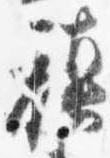
禎